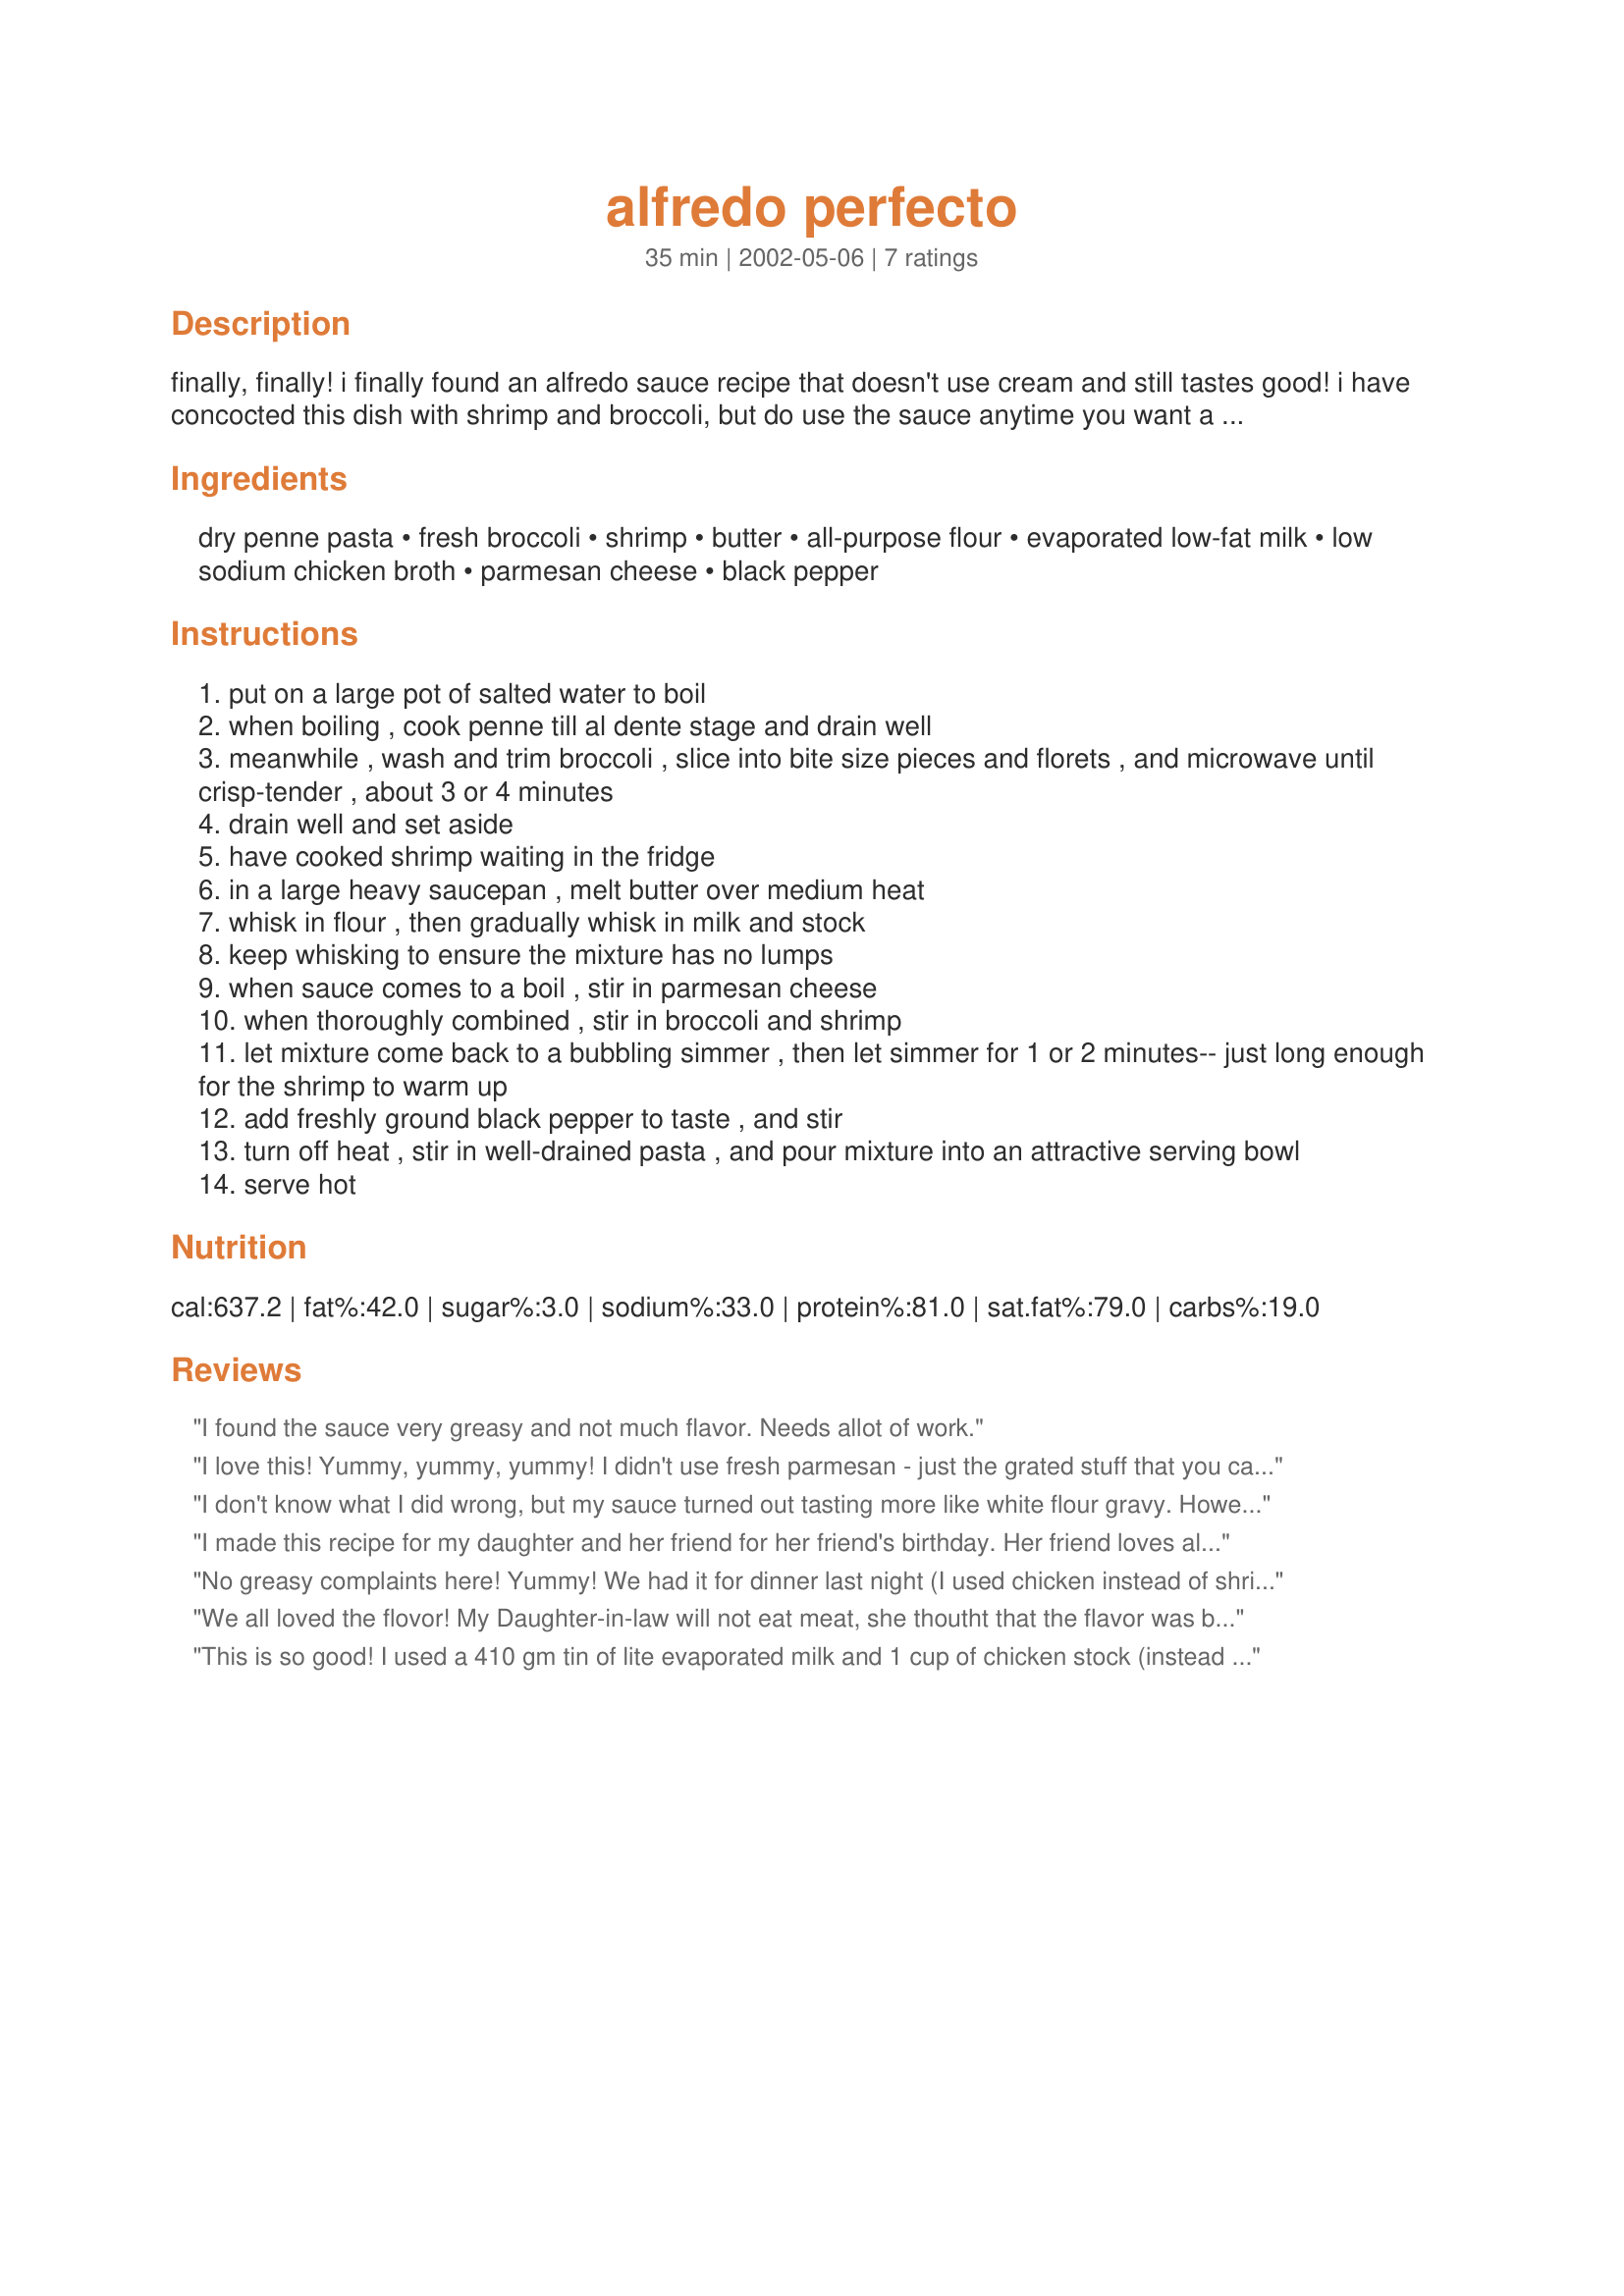
alfredo perfecto
Preparation time: 35 minutes

finally, finally! i finally found an alfredo sauce recipe that doesn't use cream and still tastes good! i have concocted this dish with shrimp and broccoli, but do use the sauce anytime you want a creamy alfredo-type sauce; it's very good and very versatile. and the sauce can be prepared while the pasta cooks; even better!

Ingredients:
dry penne pasta, fresh broccoli, shrimp, butter, all-purpose flour, evaporated low-fat milk, low sodium chicken broth, parmesan cheese, black pepper

Steps:
put on a large pot of salted water to boil
when boiling , cook penne till al dente stage and drain well
meanwhile , wash and trim broccoli , slice into bite size pieces and florets , and microwave until crisp-tender , about 3 or 4 minutes
drain well and set aside
have cooked shrimp waiting in the fridge
in a large heavy saucepan , melt butter over medium heat
whisk in flour , then gradually whisk in milk and stock
keep whisking to ensure the mixture has no lumps
when sauce comes to a boil , stir in parmesan cheese
when thoroughly combined , stir in broccoli and shrimp
let mixture come back to a bubbling simmer , then let simmer for 1 or 2 minutes-- just long enough for the shrimp to warm up
add freshly ground black pepper to taste , and stir
turn off heat , stir in well-drained pasta , and pour mixture into an attractive serving bowl
serve hot

Reviews:
I found the sauce very greasy and not much flavor.
Needs allot of work.
I love this! Yummy, yummy, yummy! I didn't use fresh parmesan - just the grated stuff that you can buy in the tubs but it still worked perfectly - and not using fresh means that it is a 'store-cupboard' recipe that I can make anytime I want. This is one of my and my hubby's favourite meals!
I don't know what I did wrong, but my sauce turned out tasting more like white flour gravy. However, my boyfriend gave it the thumbs up.
I made this recipe for my daughter and her friend for her friend's birthday. Her friend loves alfredo, so I was a little nervous. Her friend just loved the dinner. It was very tasty. The only change I would make in the future is adding a little more milk or broth as it was a bit thick.
No greasy complaints here! Yummy! We had it for dinner last night (I used chicken instead of shrimp because that's what I had thawed) and DH and our 5-yr-old daughter both loved it. She even wanted the leftovers for lunch AND dinner today!
We all loved the flovor! My Daughter-in-law will not eat meat, she thoutht that the flavor was better then the "Olive Garden" pasta. She now thinks that her mother-in-law is a great cook. Thank you Lennie!!
This is so good!
I used a 410 gm tin of lite evaporated milk and 1 cup of chicken stock (instead of broth)
We couldnt believe how creamy the sauce was and didnt find it greasy at all.
Great colours with the broccoli and shrimp too, a definite winning recipe Lennie.
Thanks for posting. =)
